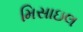
મિસાઇલ